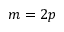
m = 2 p